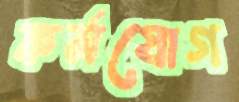
কর্মযোগ